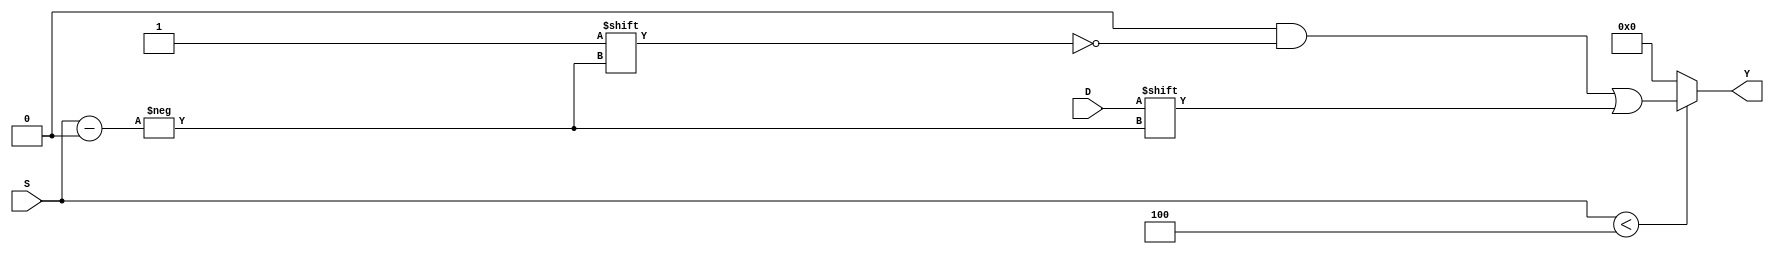
module ParameterizedDemux #(
    parameter N = 4 // Number of output lines (default is 4)
) (
    input wire D,                     // Data input
    input wire [$clog2(N)-1:0] S,    // Select lines
    output reg [N-1:0] Y              // Output lines
);

    // Always block to implement the demux functionality
    always @(*) begin
        // Default all outputs to 0
        Y = {N{1'b0}};
        
        // Check if the select lines are within range
        if (S < N) begin
            // Activate the corresponding output line based on select lines
            Y[S] = D;
        end
        // If S is out of range, Y remains all zeros (or can be defined as needed)
    end

endmodule